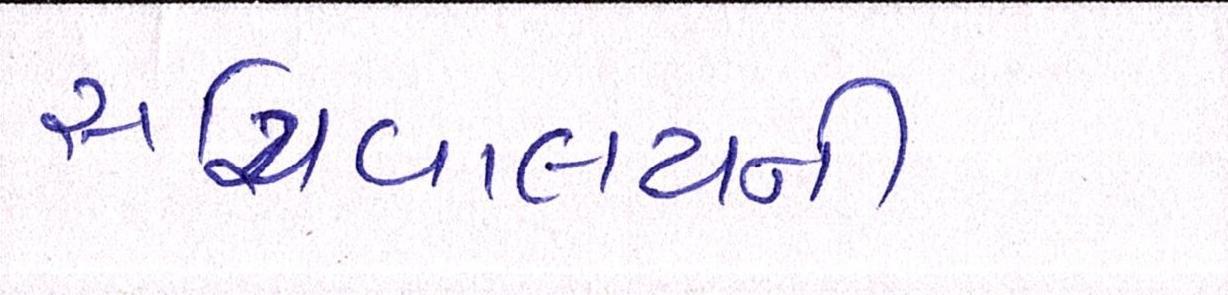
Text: સચિવાલયની